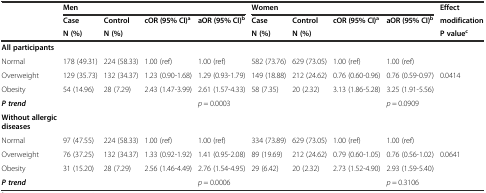
|  | <COLSPAN=4> Men | <COLSPAN=4> Women | Effect |
 |  | Case | Control | cOR (95% CI)a | aOR (95% CI)b | Case | Control | cOR (95% CI)a | aOR (95% CI)b | modification |
 |  | N (%) | N (%) |  |  | N (%) | N (%) |  |  | P valuec |
 | --- | --- | --- | --- | --- | --- | --- | --- | --- | --- |
 | All participants |  |  |  |  |  |  |  |  |  |
 | Normal | 178 (49.31) | 224 (58.33) | 1.00 (ref) | 1.00 (ref) | 582 (73.76) | 629 (73.05) | 1.00 (ref) | 1.00 (ref) |  |
 | Overweight | 129 (35.73) | 132 (34.37) | 1.23 (0.90-1.68) | 1.29 (0.93-1.79) | 149 (18.88) | 212 (24.62) | 0.76 (0.60-0.96) | 0.76 (0.59-0.97) | 0.0414 |
 | Obesity | 54 (14.96) | 28 (7.29) | 2.43 (1.47-3.99) | 2.61 (1.57-4.33) | 58 (7.35) | 20 (2.32) | 3.13 (1.86-5.28) | 3.25 (1.91-5.56) |  |
 | P trend |  |  |  | p = 0.0003 |  |  |  | p = 0.0909 |  |
 | Without allergic diseases |  |  |  |  |  |  |  |  |  |
 | Normal | 97 (47.55) | 224 (58.33) | 1.00 (ref) | 1.00 (ref) | 334 (73.89) | 629 (73.05) | 1.00 (ref) | 1.00 (ref) |  |
 | Overweight | 76 (37.25) | 132 (34.37) | 1.33 (0.92-1.92) | 1.41 (0.95-2.08) | 89 (19.69) | 212 (24.62) | 0.79 (0.60-1.05) | 0.76 (0.56-1.02) | 0.0641 |
 | Obesity | 31 (15.20) | 28 (7.29) | 2.56 (1.46-4.49) | 2.76 (1.54-4.95) | 29 (6.42) | 20 (2.32) | 2.73 (1.52-4.90) | 2.93 (1.59-5.40) |  |
 | P trend |  |  |  | p = 0.0006 |  |  |  | p = 0.3106 |  |